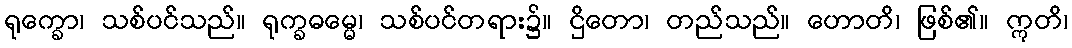
ရုက္ခော၊ သစ်ပင်သည်။ ရုက္ခဓမ္မေ၊ သစ်ပင်တရား၌။ ဌိတော၊ တည်သည်။ ဟောတိ၊ ဖြစ်၏။ ဣတိ၊